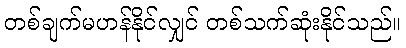
တစ်ချက်မဟန်နိုင်လျှင် တစ်သက်ဆုံးနိုင်သည်။